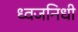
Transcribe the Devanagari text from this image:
ध्वजनिधी